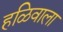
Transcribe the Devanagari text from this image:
हळिवाला